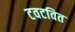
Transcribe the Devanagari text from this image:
टवटवित